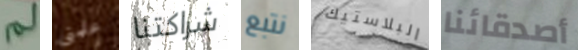
لم علمني شراكتنا نتبع البلاستيك أصدقائنا